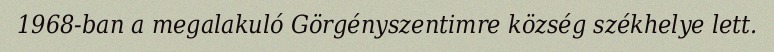
1968-ban a megalakuló Görgényszentimre község székhelye lett.